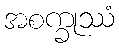
အစက္ခုဿံ